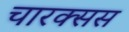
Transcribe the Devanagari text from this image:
चारक्सस